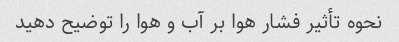
نحوه تأثیر فشار هوا بر آب و هوا را توضیح دهید